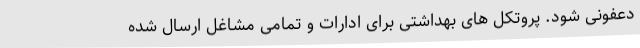
دعفونی شود. پروتکل های بهداشتی برای ادارات و تمامی مشاغل ارسال شده